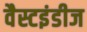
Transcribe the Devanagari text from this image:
वैस्टइंडीज